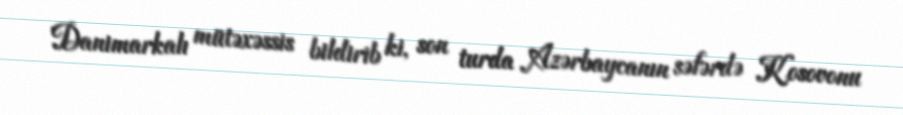
Danimarkalı mütəxəssis bildirib ki, son turda Azərbaycanın səfərdə Kosovonu